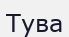
Тува